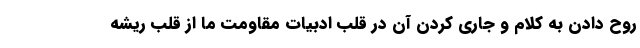
روح دادن به کلام و جاری کردن آن در قلب ادبیات مقاومت ما از قلب ریشه